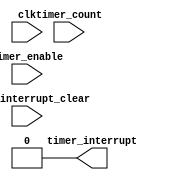
module timer (/*AUTOARG*/
   // Outputs
   timer_interrupt,
   // Inputs
   clk, timer_count, timer_enable, timer_interrupt_clear
   ) ;
   input clk;
   input [31:0] timer_count;
   input        timer_enable;
   input        timer_interrupt_clear;   
   output       timer_interrupt;

   //
   // Registers
   //
   reg [31:0]   count = 32'h0000_0000;
   reg          timer_interrupt = 1'b0;
   reg          interrupt = 1'b0;
   
   //
   // Wires
   //
   assign timer_expired = (count >= timer_count);
   
   always @(posedge clk)
     if (timer_enable  && !timer_expired) begin
        count <= count + 1;        
     end else begin
        count <= 32'h0000_0000;        
     end
       
   //
   // Interrupt
   //
   always @(posedge clk)
     if (timer_enable  & !timer_interrupt_clear) begin
        interrupt <= timer_expired;        
     end else begin
        interrupt <= 1'b0;        
     end
   
endmodule